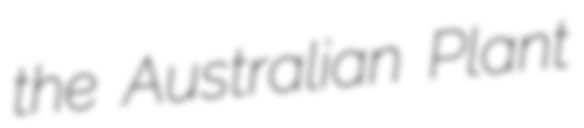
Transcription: the Australian Plant